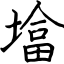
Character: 墖